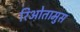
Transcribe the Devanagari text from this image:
रिओतामुस